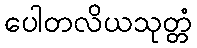
ပေါတလိယသုတ္တံ